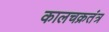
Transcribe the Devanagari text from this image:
कालचक्रतंत्र